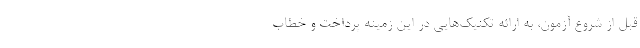
قبل از شروع آزمون، به ارائه تکنیک‌هایی در این زمینه پرداخت و خطاب